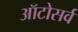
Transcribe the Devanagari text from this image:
ऑटोसर्व